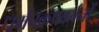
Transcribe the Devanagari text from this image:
धर्मचक्रप्रवर्तनों